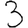
Digit: 3